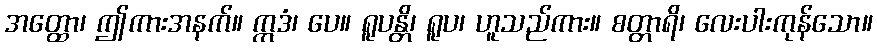
အတ္ထော၊ ဤကားအနက်။ ဣဒံ၊ ပေ။ ရူပန္တိ၊ ရူပ၊ ဟူသည်ကား။ စတ္တာရိ၊ လေးပါးကုန်သော။